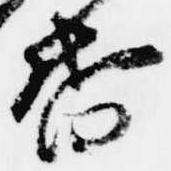
督